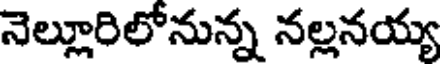
నెల్లూరిలోనున్న నల్లనయ్య